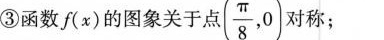
③函数f(x)的图象关于点 (\frac{\pi}{8},0) 对称；